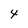
Character: 4